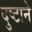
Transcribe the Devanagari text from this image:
दुष्टाने